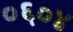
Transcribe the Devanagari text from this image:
०६०४